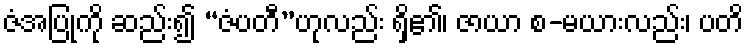
ဇံအပြုကို ဆည်း၍ “ဇံပတီ”ဟုလည်း ရှိ၏၊ ဇာယာ စ-မယားလည်း၊ ပတိ